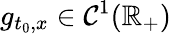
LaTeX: g_{t_{0},x}\in\mathcal{C}^{1}(\mathbb{R}_{+})